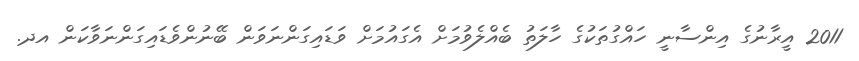
2011 އީރާނުގެ އިންސާނީ ހައްގުތަކުގެ ހާލަތު ބެއްލެވުމަށް އެގައުމަށް ވަޑައިގަންނަވަން ބޭނުންވެޑައިގަންނަވާކަން އދ.